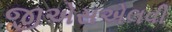
જીએસએલવી